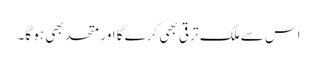
اس سے ملک ترقی بھی کرے گا اور متحد بھی ہو گا۔